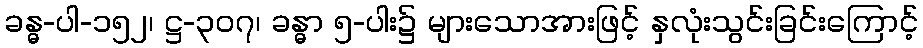
ခန္ဓ-ပါ-၁၅၂၊ ဋ္ဌ-၃၀၇၊ ခန္ဓာ ၅-ပါး၌ များသောအားဖြင့် နှလုံးသွင်းခြင်းကြောင့်